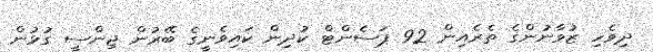
ދިވެހި ޒުވާނުންގެ ތެރެއިން 92 ޕަސެންޓް ކުދިން ކައިވެނީގެ ބޭރުން ޖިންސީ ގުޅުން